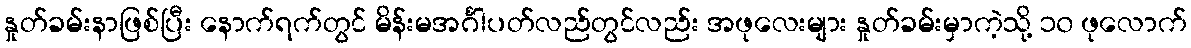
နှုတ်ခမ်းနာဖြစ်ပြီး နောက်ရက်တွင် မိန်းမအင်္ဂါပတ်လည်တွင်လည်း အဖုလေးများ နှုတ်ခမ်းမှာကဲ့သို့ ၁၀ ဖုလောက်